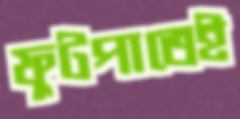
ফুটপাতেই